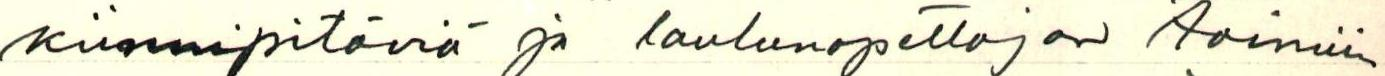
kiinnipitäviä ja laulunopettajan toimiin